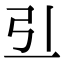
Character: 𠀓